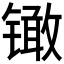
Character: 𰾳